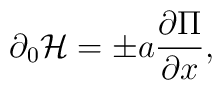
\partial_0 {\cal H} = \pm a {\partial \Pi \over \partial x},